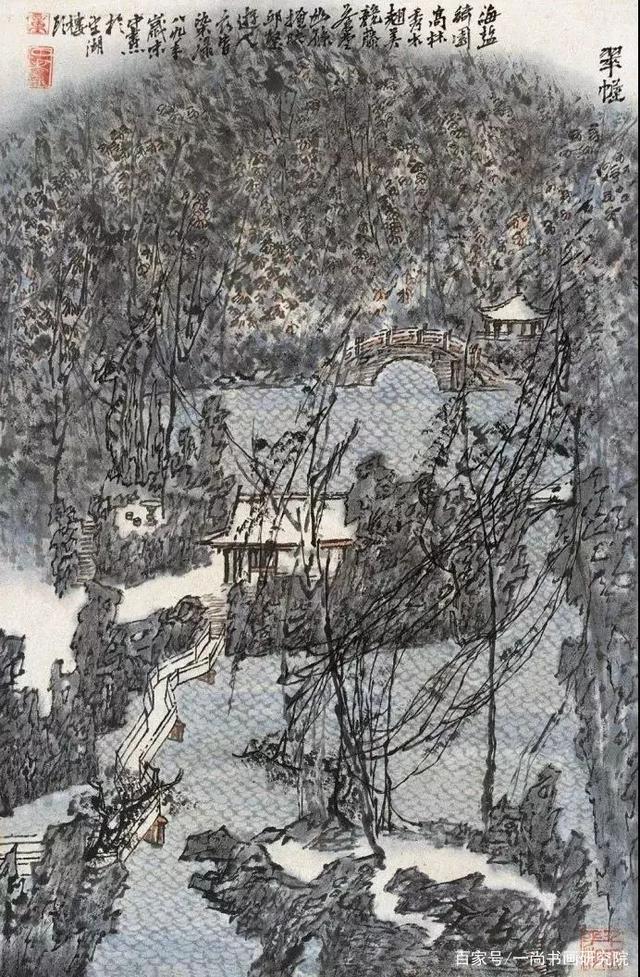
满则虑嗛，平则虑险，安则虑危